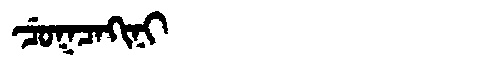
Manchu: ᠴᡠᡴᠴᠠᡴᡳᠨᡳ
Romanization: CUKCAKINI